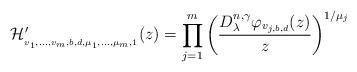
LaTeX: \begin{align*}\mathcal{H}_{_{v_{1},...,v_{m},b,d,\mu _{1},...,\mu _{m},1}}^{\prime}(z)=\prod_{j=1}^{m}\left( \frac{D_{\lambda }^{n,\gamma }\varphi_{v_{j,b,d}}(z)}{z}\right) ^{1/\mu _{j}}\end{align*}